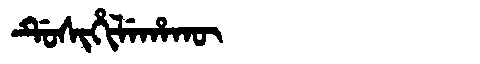
Manchu: ᡩᡠᠰᡳᡥᡳᠯᡝᡥᠠᡴᡡ
Romanization: DUSIHILEHAKŪ